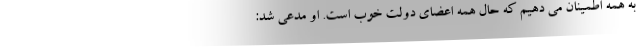
به همه اطمینان می دهیم که حال همه اعضای دولت خوب است. او مدعی شد: